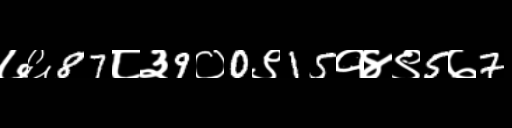
Text: ७६87८३9०0९15१४९5७7